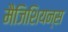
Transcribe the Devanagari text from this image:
मैजिशियन्स